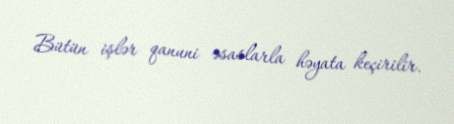
Bütün işlər qanuni əsaslarla həyata keçirilir.